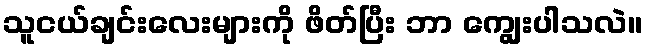
သူငယ်ချင်းလေးများကို ဖိတ်ပြီး ဘာ ကျွေးပါသလဲ။